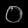
Digit: ၀